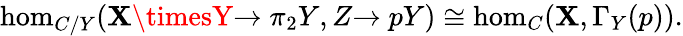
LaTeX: \hom_{C/Y}(\mathbf{X}\timesY{\xrightarrow{}{{\pi_{2}}}}Y,Z{\xrightarrow{}{{p}}}Y)\cong\hom_{C}(\mathbf{X},\Gamma_{Y}(p)).